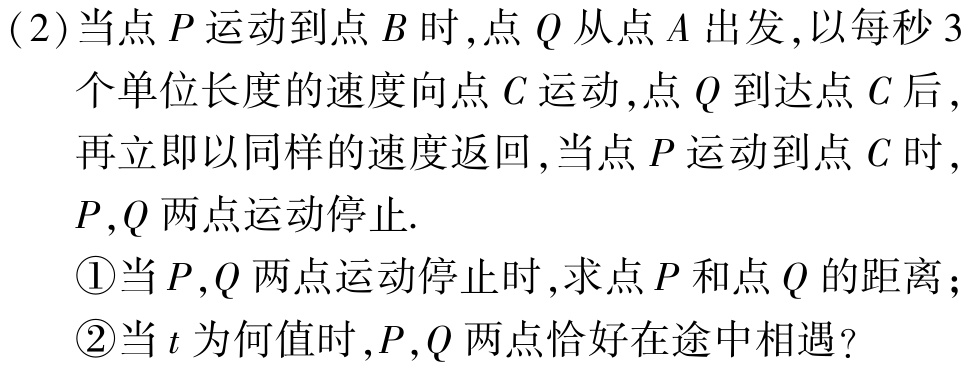
(2)当点\(P\)运动到点\(B\)时，点\(Q\)从点\(A\)出发，以每秒\(3\)个单位长度的速度向点\(C\)运动，点\(Q\)到达点\(C\)后，再立即以同样的速度返回，当点\(P\)运动到点\(C\)时，\(P,Q\)两点运动停止.

\textcircled{1}当\(P,Q\)两点运动停止时，求点\(P\)和点\(Q\)的距离；

\textcircled{2}当\(t\)为何值时，\(P,Q\)两点恰好在途中相遇？